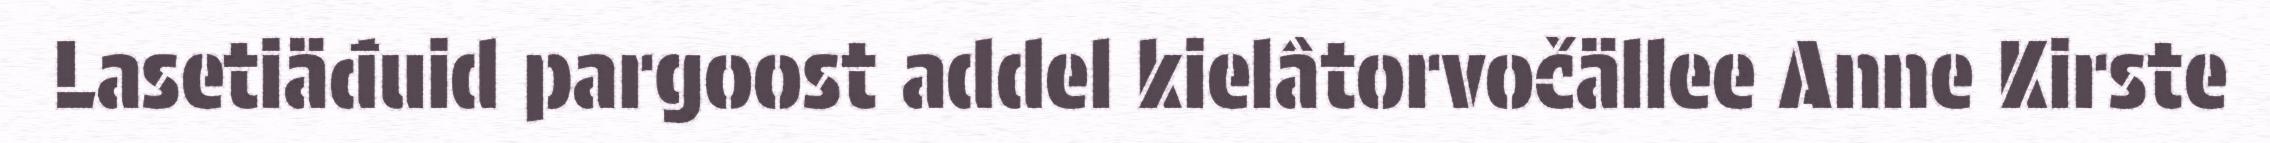
Lasetiäđuid pargoost addel kielâtorvočällee Anne Kirste